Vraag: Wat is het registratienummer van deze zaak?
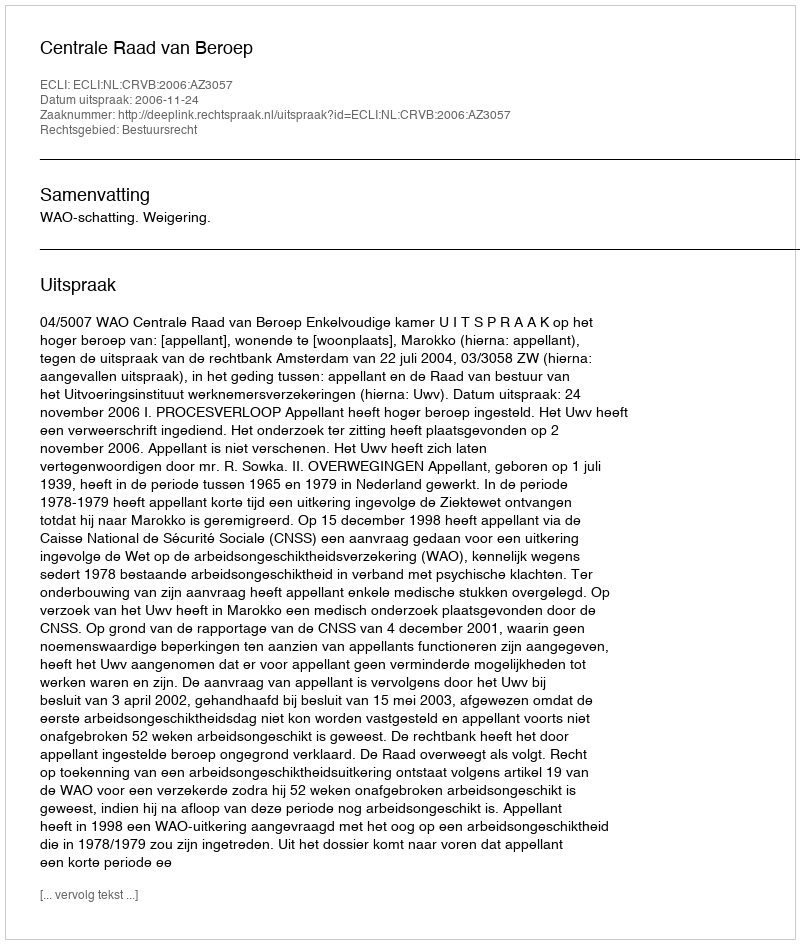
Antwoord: http://deeplink.rechtspraak.nl/uitspraak?id=ECLI:NL:CRVB:2006:AZ3057